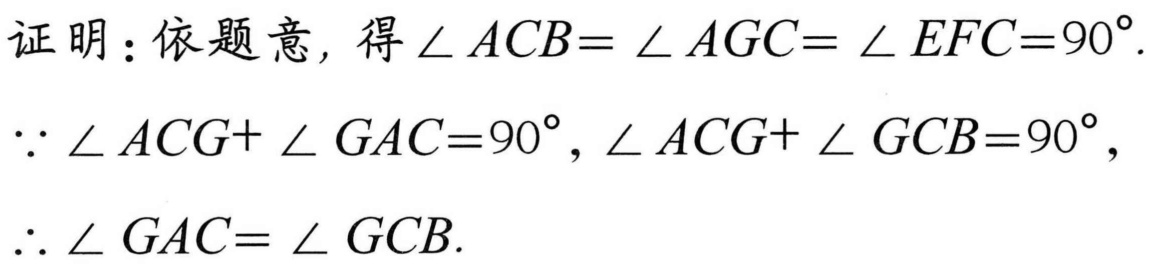
证明：依题意，得$\angle ACB= \angle AGC= \angle EFC=90^{\circ}$.
$\because \angle ACG+ \angle GAC=90^{\circ}, \angle ACG+ \angle GCB=90^{\circ},$
$\therefore \angle GAC= \angle GCB.$